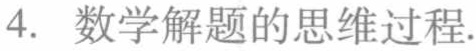
4. 数学解题的思维过程.